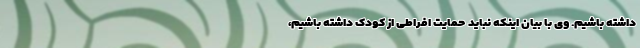
داشته باشیم. وی با بیان اینکه نباید حمایت افراطی از کودک داشته باشیم،